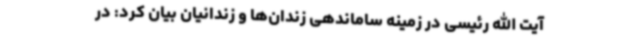
آیت الله رئیسی در زمینه ساماندهی زندان‌ها و زندانیان بیان کرد: در